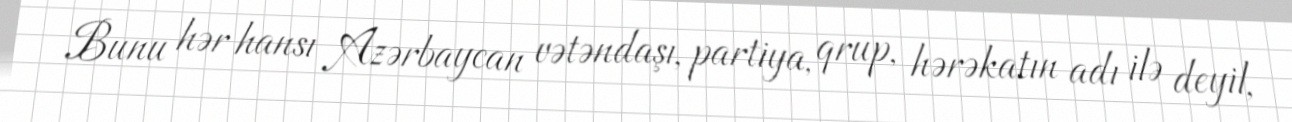
Bunu hər hansı Azərbaycan vətəndaşı, partiya, qrup, hərəkatın adı ilə deyil,